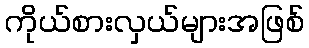
ကိုယ်စားလှယ်များအဖြစ်